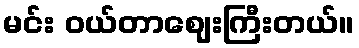
မင်း ဝယ်တာဈေးကြီးတယ်။